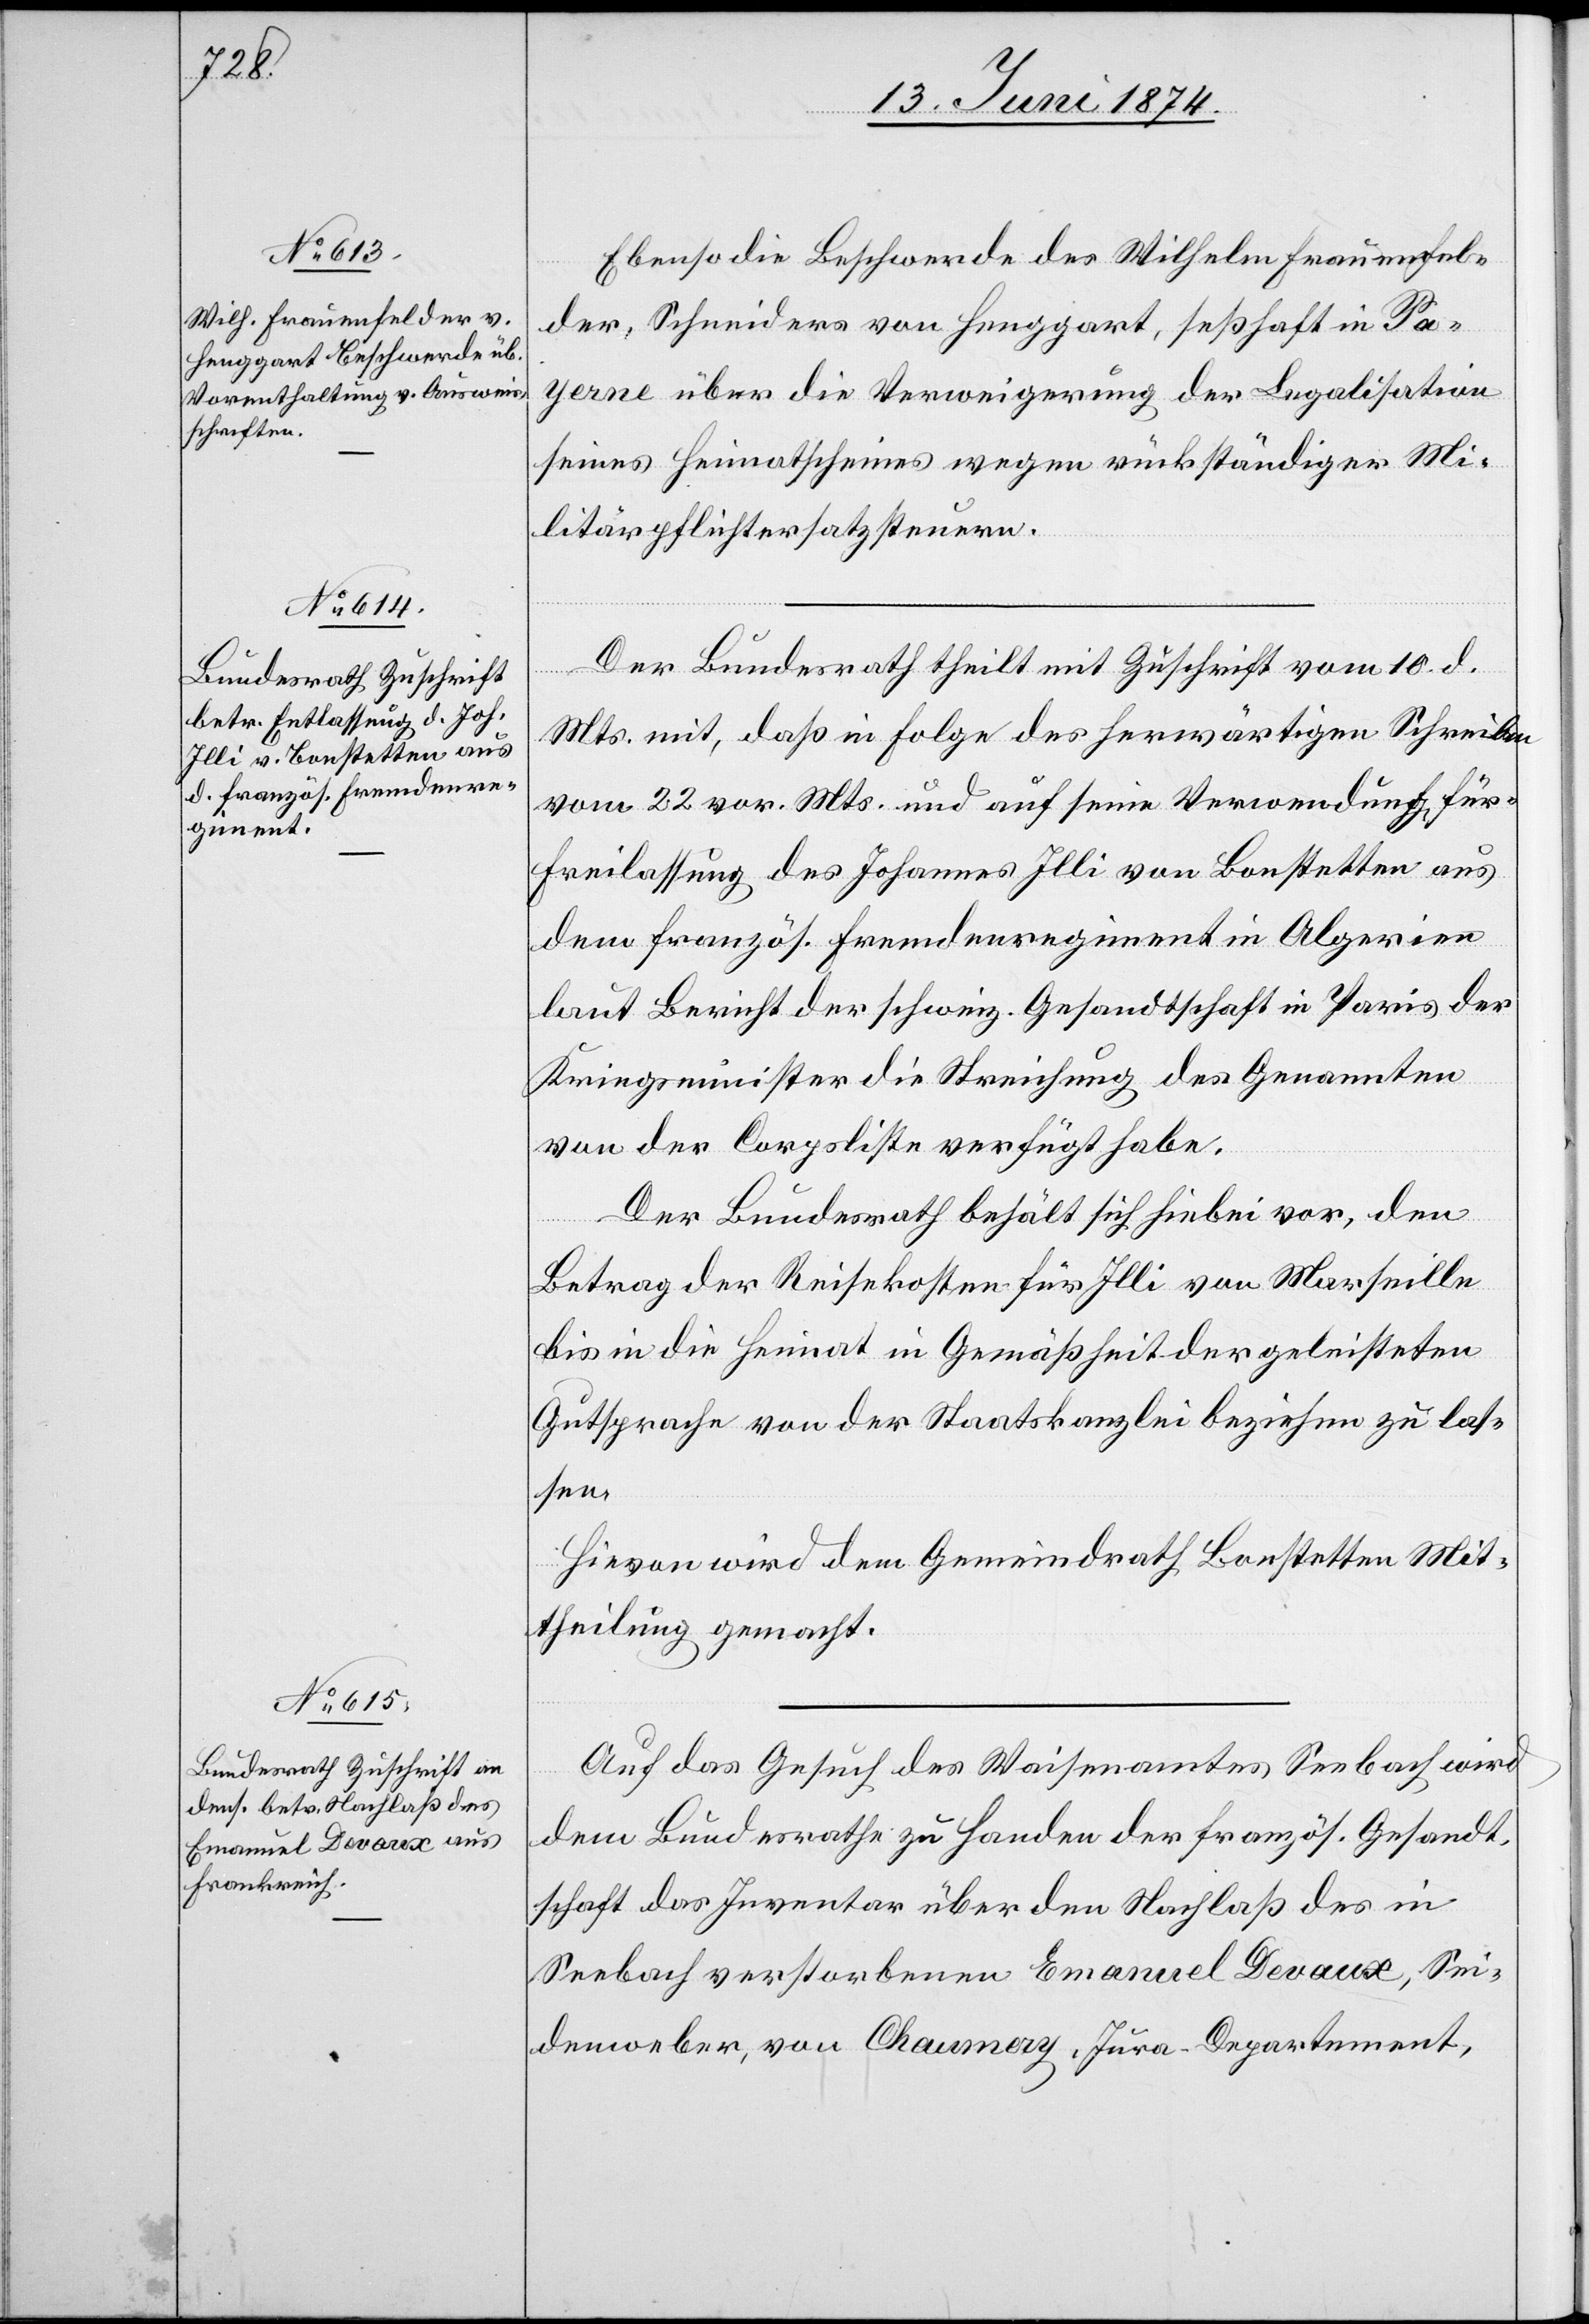
13. Juni 1874.]
Ebenso die Beschwerde des Wilhelm Frauenfel¬
der, Schneiders von Henggart, seßhaft in Pa¬
yerne über die Verweigerung der Legalisation
seines Heimatscheines wegen rückständiger Mi¬
litärpflichtersatzsteuern.
Der Bundesrath theilt mit Zuschrift vom 10. d.
Mts. mit, daß in Folge des herwärtigen Schreibens
vom 22. vor. Mts. und auf seine Verwendung für
Freilassung des Johannes Illi von Bonstetten aus
dem französ. Fremdenregiment in Algerien
laut Bericht der schweiz. Gesandtschaft in Paris der
Kriegsminister die Streichung des Genannten
von der Corpsliste verfügt habe.
Der Bundesrath behält sich hiebei vor, den
Betrag der Reisekosten für Illi von Marseille
bis in die Heimat in Gemäßheit der geleisteten
Gutsprache von der Staatskanzlei beziehen zu las¬
sen.
Hievon wird dem Gemeindrath Bonstetten Mit¬
theilung gemacht.
Auf das Gesuch des Waisenamtes Seebach wird
dem Bundesrathe zu Handen der französ. Gesandt¬
schaft das Inventar über den Nachlaß des in
Seebach verstorbenen Emanuel Devaux, Sei¬
denweber, von Chaumery, Jura-Departement,